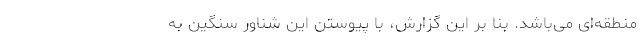
منطقه‌ای می‌باشد. بنا بر این گزارش، با پیوستن این شناور سنگین به